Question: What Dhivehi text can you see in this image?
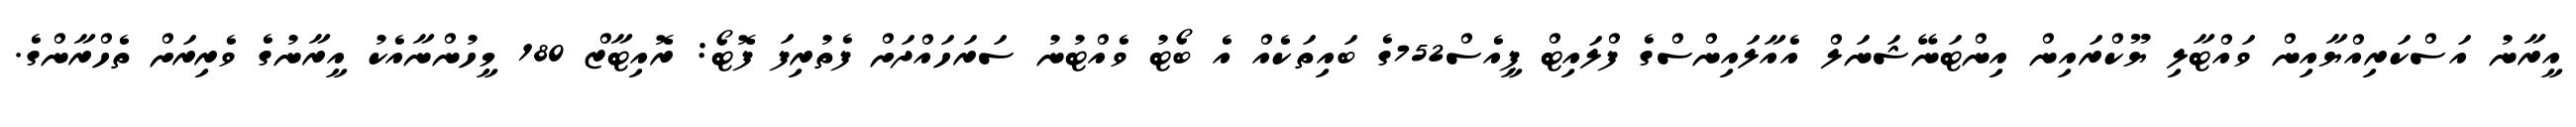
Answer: އީރާނު އަސްކަރިއްޔާއިން ވައްޓާލި ޔޫކްރައިން އިންޓަނޭޝަނަލް އެއާލައިންސްގެ ފްލައިޓް ޕީއެސް752ގެ ބައިތަކެއް އެ ބޯޓު ވެއްޓުނު ސަރަހައްދަށް ފެތުރިފަ ފޮޓޯ: ރޮއިޓާޒް 180 މީހުންނާއެކު އީރާނުގެ ވެރިރަށް ތެހްރާންގެ.